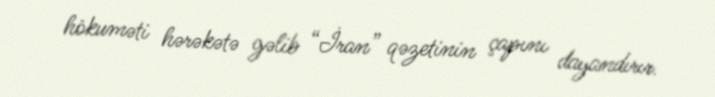
hökuməti hərəkətə gəlib “İran” qəzetinin çapını dayandırır.